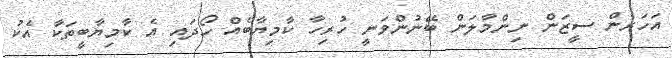
އަހަރެން ސީޒަން ނިންމާލަން ބޭނުންވަނީ ހުރިހާ ކާމިޔާބެއް ހޯދައި އެ ކާމިޔާބީތަކާ އެކު